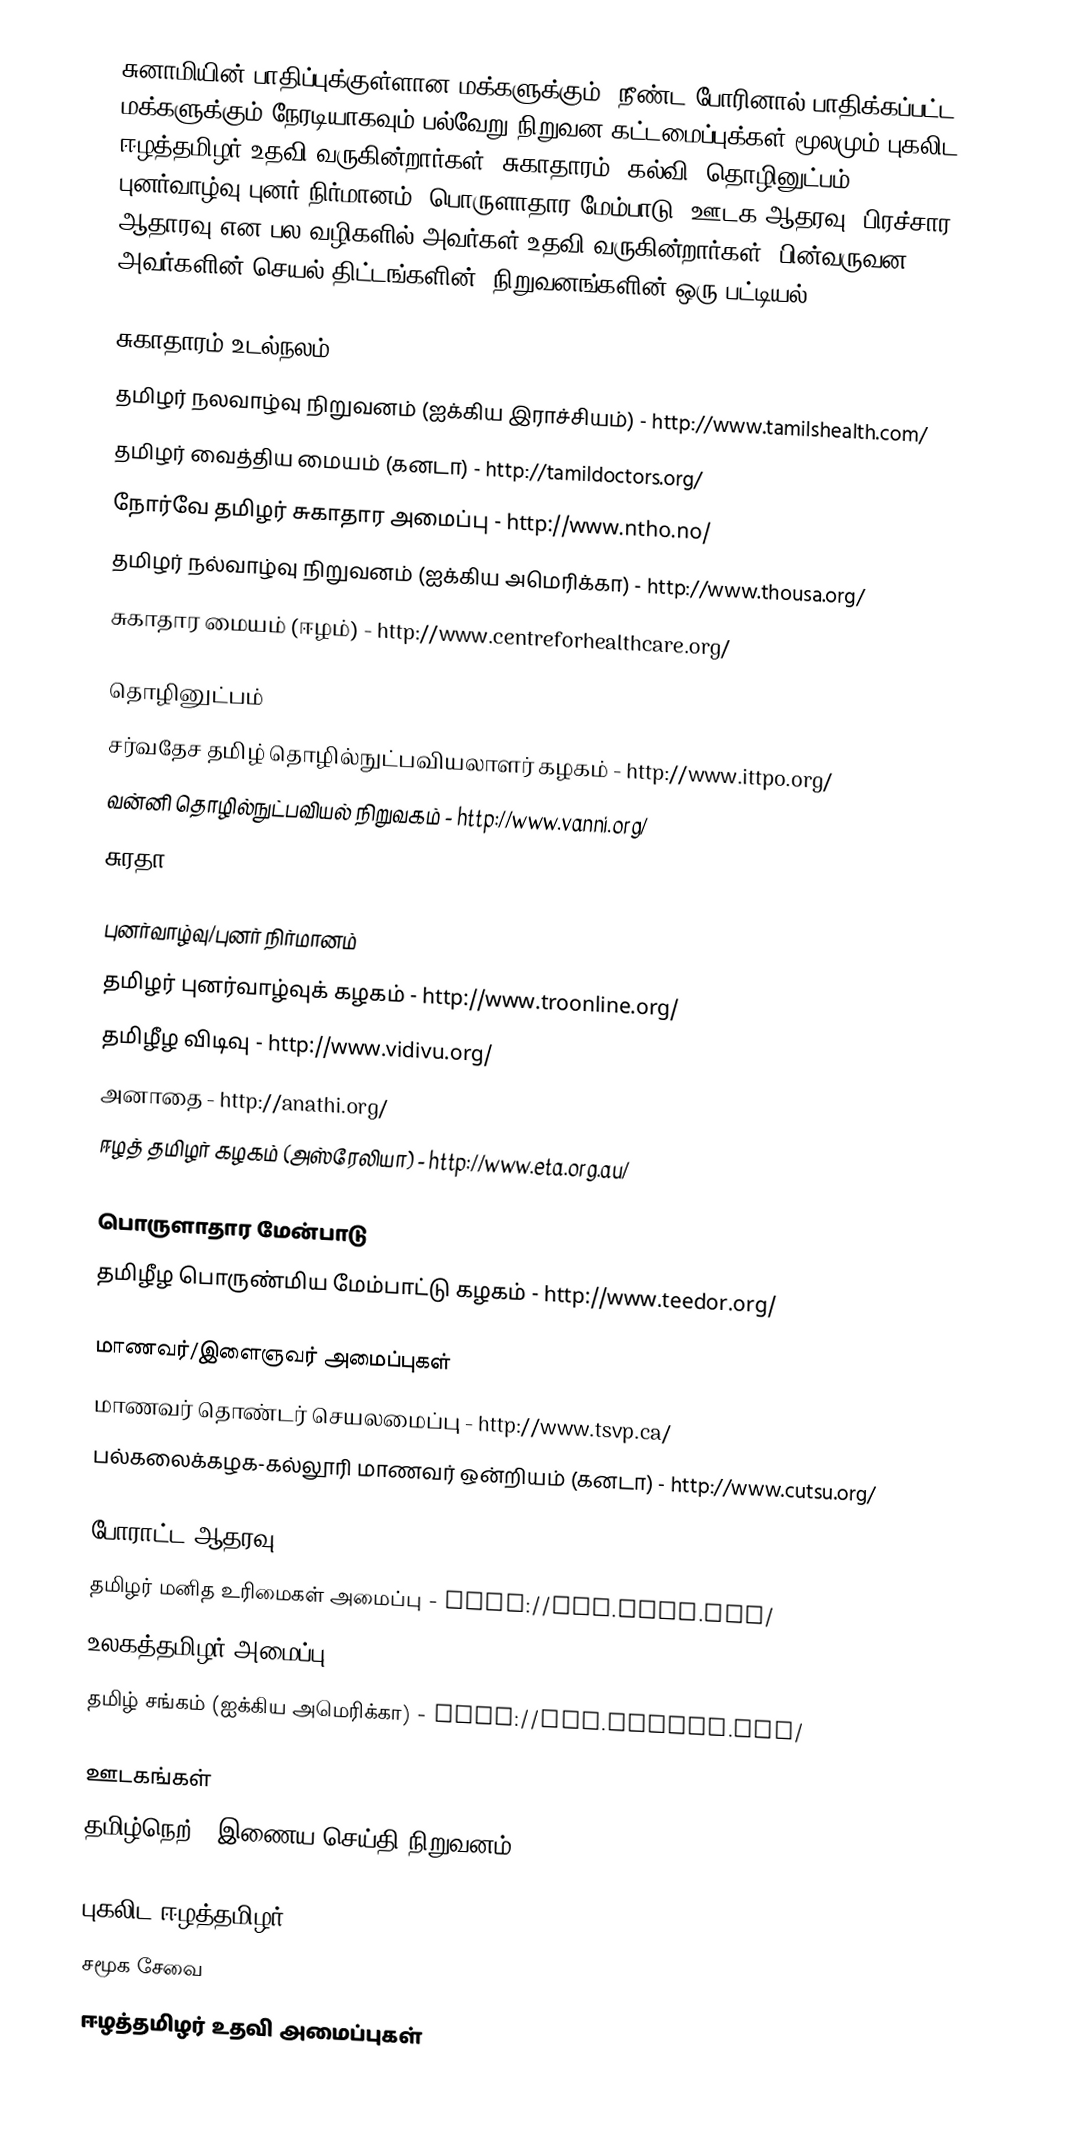
சுனாமியின் பாதிப்புக்குள்ளான மக்களுக்கும், நீண்ட போரினால் பாதிக்கப்பட்ட மக்களுக்கும் நேரடியாகவும் பல்வேறு நிறுவன கட்டமைப்புக்கள் மூலமும் புகலிட ஈழத்தமிழர் உதவி வருகின்றார்கள். சுகாதாரம், கல்வி, தொழினுட்பம், புனர்வாழ்வு/புனர் நிர்மானம், பொருளாதார மேம்பாடு, ஊடக ஆதரவு, பிரச்சார ஆதாரவு என பல வழிகளில் அவர்கள் உதவி வருகின்றார்கள்.  பின்வருவன அவர்களின் செயல் திட்டங்களின், நிறுவனங்களின் ஒரு பட்டியல்.

சுகாதாரம்/உடல்நலம்
தமிழர் நலவாழ்வு நிறுவனம் (ஐக்கிய இராச்சியம்) - http://www.tamilshealth.com/
தமிழர் வைத்திய மையம் (கனடா) - http://tamildoctors.org/
நோர்வே தமிழர் சுகாதார அமைப்பு - http://www.ntho.no/
தமிழர் நல்வாழ்வு நிறுவனம் (ஐக்கிய அமெரிக்கா) - http://www.thousa.org/
சுகாதார மையம் (ஈழம்) - http://www.centreforhealthcare.org/

தொழினுட்பம்
சர்வதேச தமிழ் தொழில்நுட்பவியலாளர் கழகம் - http://www.ittpo.org/
வன்னி தொழில்நுட்பவியல் நிறுவகம் - http://www.vanni.org/
சுரதா - http://www.jaffnalibrary.com/tools/

புனர்வாழ்வு/புனர் நிர்மானம்
தமிழர் புனர்வாழ்வுக் கழகம் - http://www.troonline.org/
தமிழீழ விடிவு - http://www.vidivu.org/
அனாதை - http://anathi.org/
ஈழத் தமிழர் கழகம் (அஸ்ரேலியா) - http://www.eta.org.au/

பொருளாதார மேன்பாடு
தமிழீழ பொருண்மிய மேம்பாட்டு கழகம் - http://www.teedor.org/

மாணவர்/இளைஞவர் அமைப்புகள்
மாணவர் தொண்டர் செயலமைப்பு - http://www.tsvp.ca/
பல்கலைக்கழக-கல்லூரி மாணவர் ஒன்றியம் (கனடா) - http://www.cutsu.org/

போராட்ட ஆதரவு
தமிழர் மனித உரிமைகள் அமைப்பு - http://www.tchr.net/
உலகத்தமிழர் அமைப்பு - http://www.worldtamilmovement.com/
தமிழ் சங்கம் (ஐக்கிய அமெரிக்கா) - http://www.sangam.org/

ஊடகங்கள்
தமிழ்நெற் - இணைய செய்தி நிறுவனம் - http://www.tamilnet.com/

புகலிட ஈழத்தமிழர்
சமூக சேவை
ஈழத்தமிழர் உதவி அமைப்புகள்